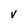
Character: V